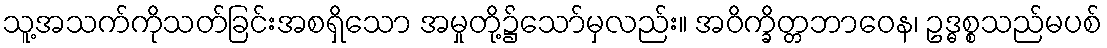
သူ့အသက်ကိုသတ်ခြင်းအစရှိသော အမှုတို့၌သော်မှလည်း။ အဝိက္ခိတ္တဘာဝေန၊ ဥဒ္ဓစ္စသည်မပစ်